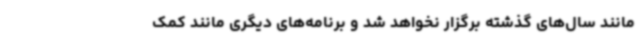
مانند سال‌های گذشته برگزار نخواهد شد و برنامه‌های دیگری مانند کمک